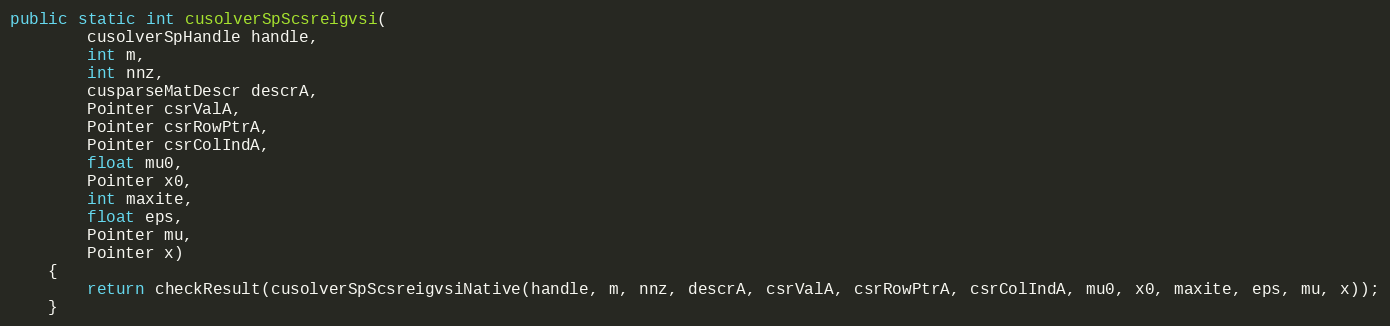
Language: Java
public static int cusolverSpScsreigvsi(
        cusolverSpHandle handle,
        int m,
        int nnz,
        cusparseMatDescr descrA,
        Pointer csrValA,
        Pointer csrRowPtrA,
        Pointer csrColIndA,
        float mu0,
        Pointer x0,
        int maxite,
        float eps,
        Pointer mu,
        Pointer x)
    {
        return checkResult(cusolverSpScsreigvsiNative(handle, m, nnz, descrA, csrValA, csrRowPtrA, csrColIndA, mu0, x0, maxite, eps, mu, x));
    }